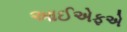
આઈએફએ